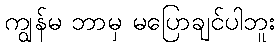
ကျွန်မ ဘာမှ မပြောချင်ပါဘူး